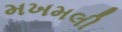
મખમલી